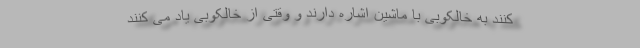
کنند به خالکوبی با ماشین اشاره دارند و وقتی از خالکوبی یاد می کنند